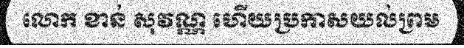
លោក ខាន់ សុវណ្ណ ហើយប្រកាសយល់ព្រម